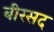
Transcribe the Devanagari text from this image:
बीरसद